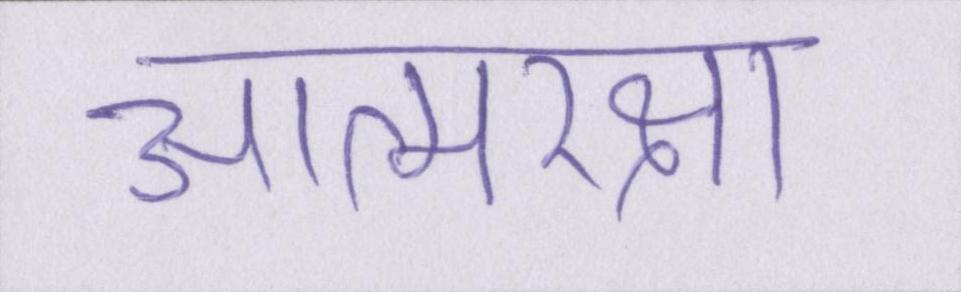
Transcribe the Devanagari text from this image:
आत्मरक्षा